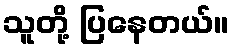
သူတို့ ပြနေတယ်။